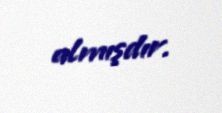
almışdır.